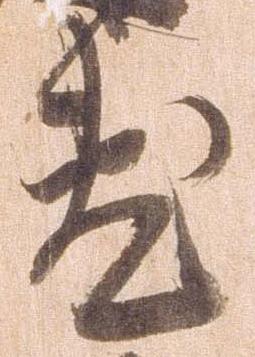
敷